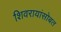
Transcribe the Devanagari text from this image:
शिवरायांसोबत